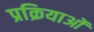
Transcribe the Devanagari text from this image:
प्रक्रियाओं